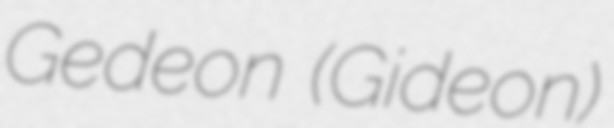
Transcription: Gedeon (Gideon)